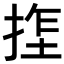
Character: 𫽏